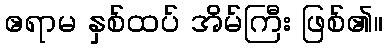
ဧရာမ နှစ်ထပ် အိမ်ကြီး ဖြစ်၏။